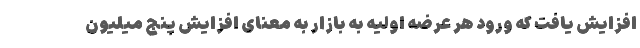
افزایش یافت که ورود هر عرضه اولیه به بازار به معنای افزایش پنج میلیون